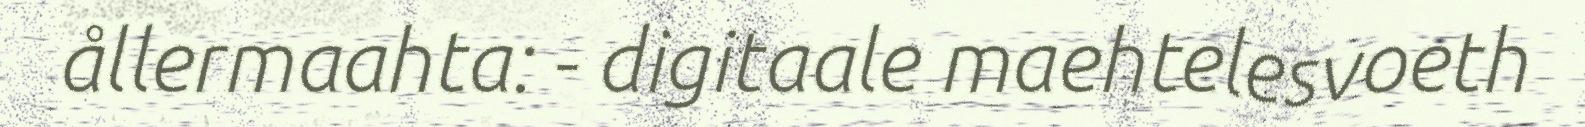
ållermaahta: - digitaale maehtelesvoeth